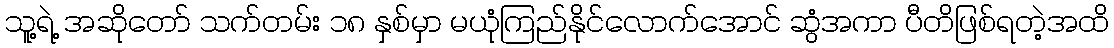
သူ့ရဲ့ အဆိုတော် သက်တမ်း ၁၈ နှစ်မှာ မယုံကြည်နိုင်လောက်အောင် ဆွံအကာ ပီတိဖြစ်ရတဲ့အထိ